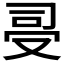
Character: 𠭈